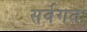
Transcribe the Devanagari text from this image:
सर्वगतः